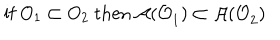
\mathrm { i f ~ } O _ { 1 } \subset O _ { 2 } \mathrm { ~ t h e n ~ } \mathcal { A ( O } _ { 1 } \mathcal { ) } \subset \mathcal { A ( O } _ { 2 } \mathcal { ) }